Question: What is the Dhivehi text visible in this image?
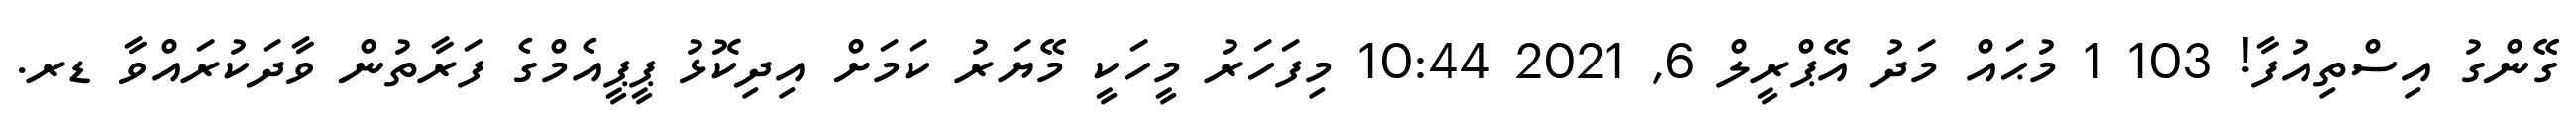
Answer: ގޭންގު އިސްތިއުފާ! 103 1 މުޙައް މަދު އޭޕްރީލް 6, 2021 10:44 މިފަހަރު މީހަކީ މޭޔަރު ކަމަށް އިދިކޮޅު ޕީޕީއެމްގެ ފަރާތުން ވާދަކުރައްވާ ޑރ.